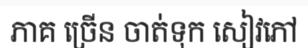
ភាគ ច្រើន ចាត់ទុក សៀវភៅ